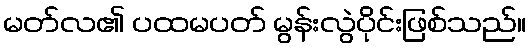
မတ်လ၏ ပထမပတ် မွန်းလွဲပိုင်းဖြစ်သည်။